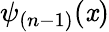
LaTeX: \psi_{(n-1)}(\mathit{x})